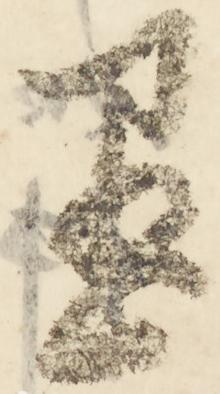
尽